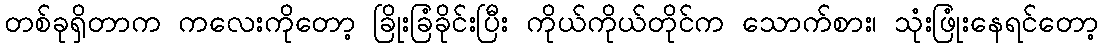
တစ်ခုရှိတာက ကလေးကိုတော့ ခြိုးခြံခိုင်းပြီး ကိုယ်ကိုယ်တိုင်က သောက်စား၊ သုံးဖြုံးနေရင်တော့